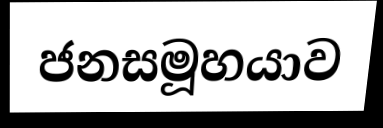
ජනසමූහයාව